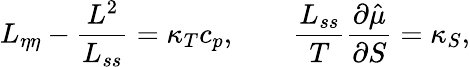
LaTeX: L_{\eta\eta}-\frac{L^{2}}{L_{ss}}=\kappa_{T}c_{p},\qquad\frac{L_{ss}}{T}\frac{\partial\hat{\mu}}{\partial S}=\kappa_{S},